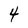
Character: 4